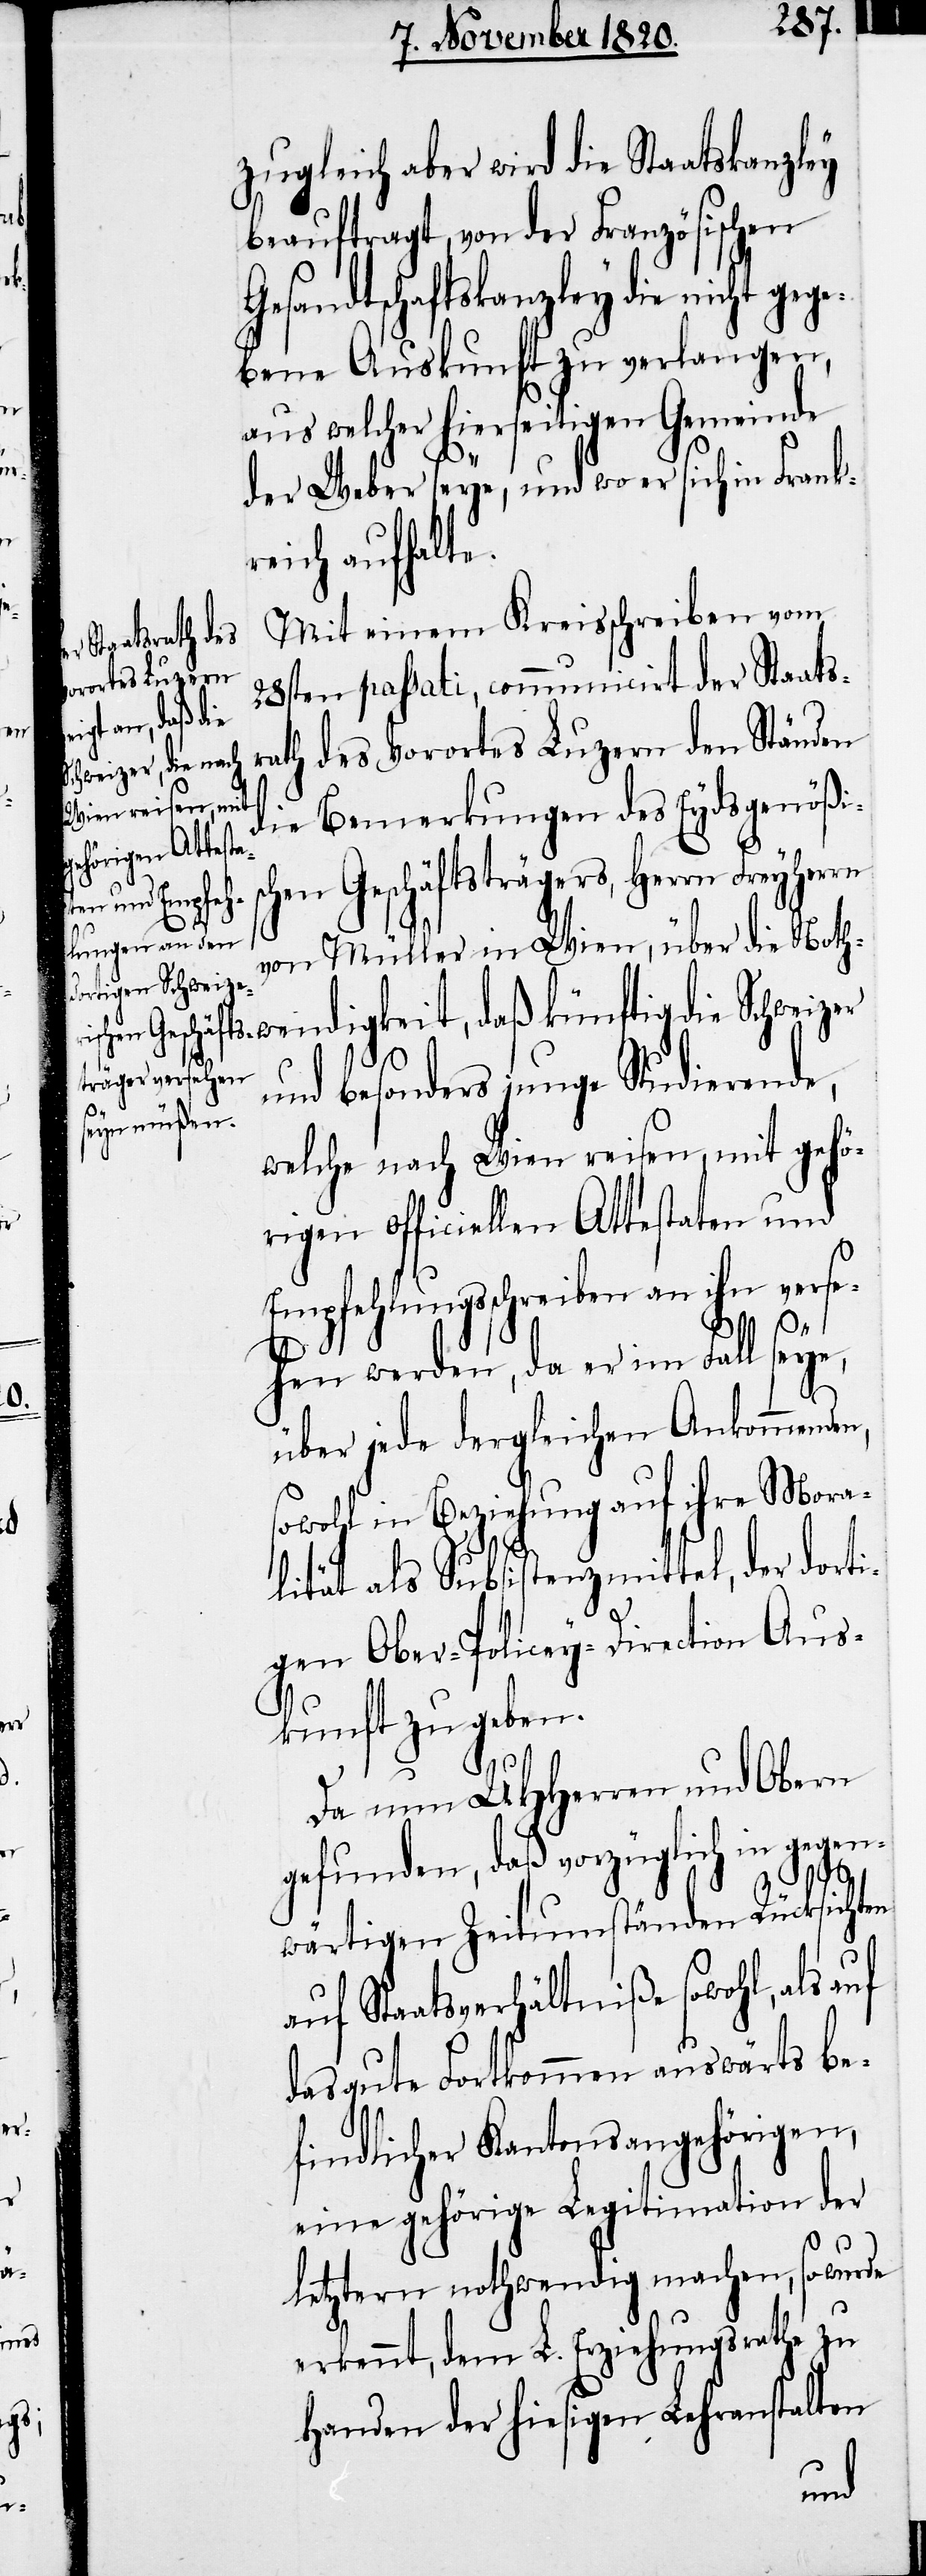
Zugleich aber wird die Staatskanzley
beauftragt, von der Französischen
Gesandtschaftskanzley die nicht g¬
bene Auskunft zu verlangen,
aus welcher hierseitigen Gemeinde
der Weber seye, und wo er sich in Frank¬
reich aufhalte.
Mit einem Kreisschreiben vom
28sten passati, communicirt der Staats¬
rath des Vorortes Luzern den Ständen
die Bemerkungen des Eydsgenößi¬
chen Geschäftsträgers, Herrn Freyher¬
von Müller in Wien, über die Noth¬
wendigkeit, daß künftig die Schweizer
und besonders junge Studierende,
s¬
welche nach Wien reisen, mit gehö¬
rigen officiellen Attestaten und
Empfehlungsschreiben an ihn verse¬
hen werden, da er im Fall seye,
über jede dergleichen ankommende¬
sowohl in Beziehung auf ihre Mora¬
lität als Subsistenzmittel, der dort¬
igen Ober-Policey-Direction Aus¬
kunft zu geben.
Da nun UHHerren und Obern
gefunden, daß vorzüglich in gegen¬
wärtigen Zeitumständen Rücksichten
auf Staatsverhältniße sowohl, als
das gute Fortkommen auswärts be¬
findlicher Kantonsangehörigen,
eine gehörige Legitimation der
letztern nothwendig machen, so wurde
erkennt, dem L. Erziehungsrathe zu
Handen der hiesigen Lehranstalten
n,